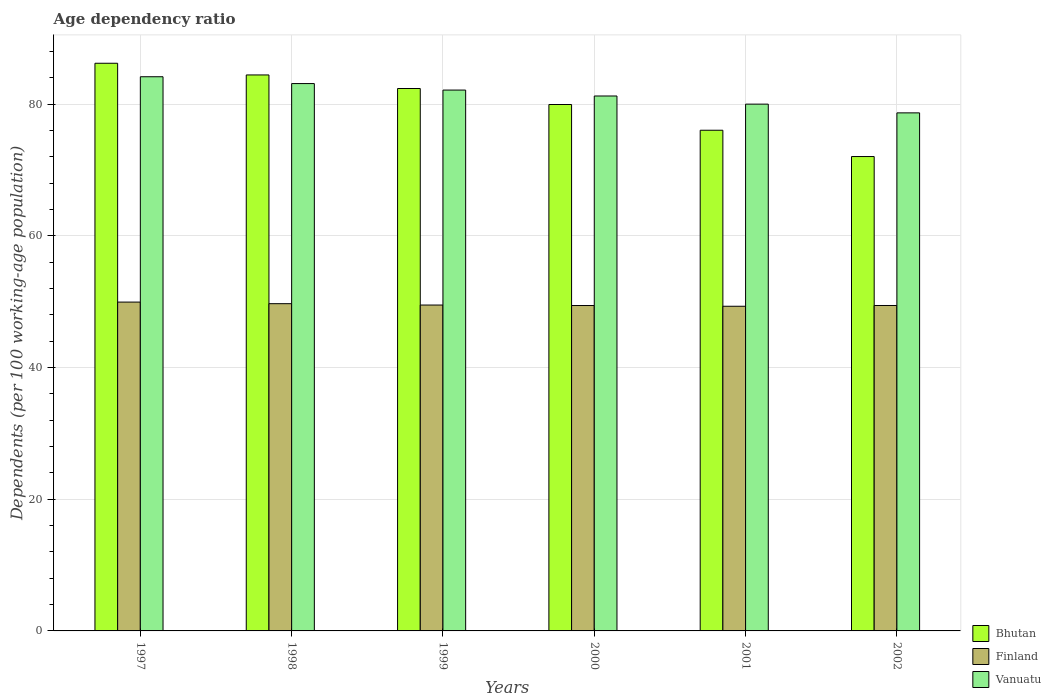
| Years | Bhutan | Finland | Vanuatu |
 | --- | --- | --- | --- |
 | 1997 | 86.2 | 49.9 | 84.2 |
 | 1998 | 84.4 | 49.7 | 83.1 |
 | 1999 | 82.4 | 49.5 | 82.1 |
 | 2000 | 79.9 | 49.4 | 81.2 |
 | 2001 | 76 | 49.3 | 80 |
 | 2002 | 72 | 49.4 | 78.7 |